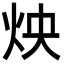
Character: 炴